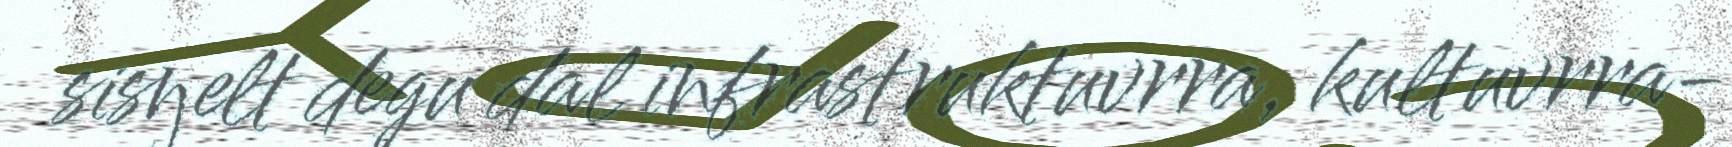
sisŋelt degu dal infrastruktuvrra, kultuvrra-